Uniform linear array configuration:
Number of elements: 16
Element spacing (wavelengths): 0.75
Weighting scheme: binomial
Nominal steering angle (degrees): -15
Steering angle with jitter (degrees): -16.418
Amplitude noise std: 0.05
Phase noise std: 0.05

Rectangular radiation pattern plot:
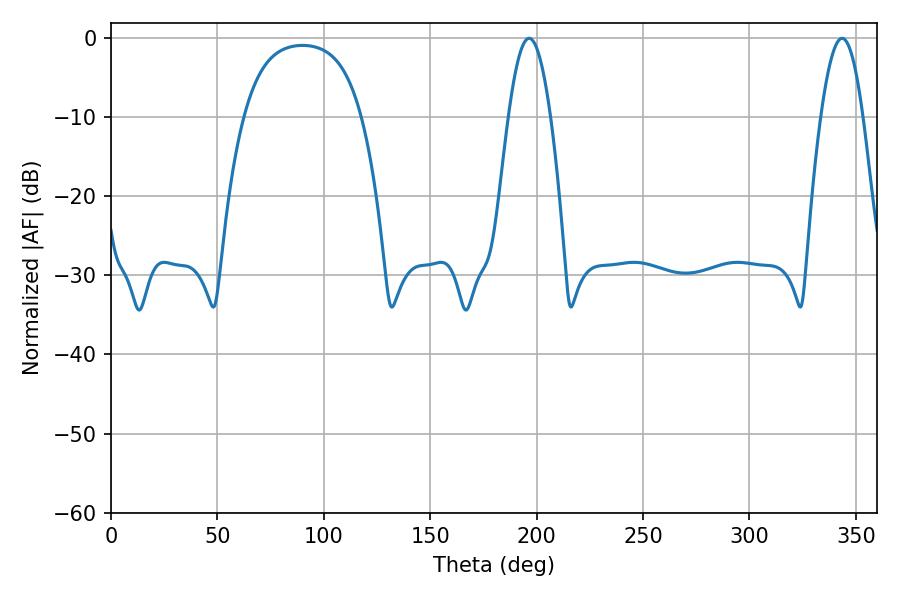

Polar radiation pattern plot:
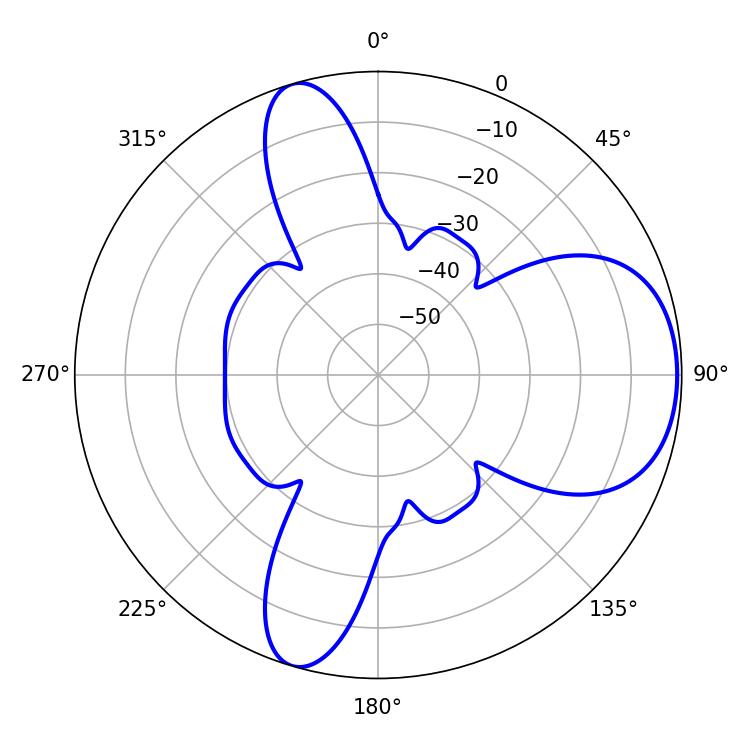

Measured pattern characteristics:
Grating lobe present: TRUE
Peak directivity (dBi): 6.976
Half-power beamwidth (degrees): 10.8
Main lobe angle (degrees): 196.38